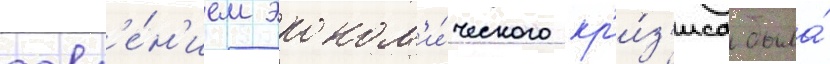
давл'е́н'ием эконом'и́ческого кр'и́з'иса была́